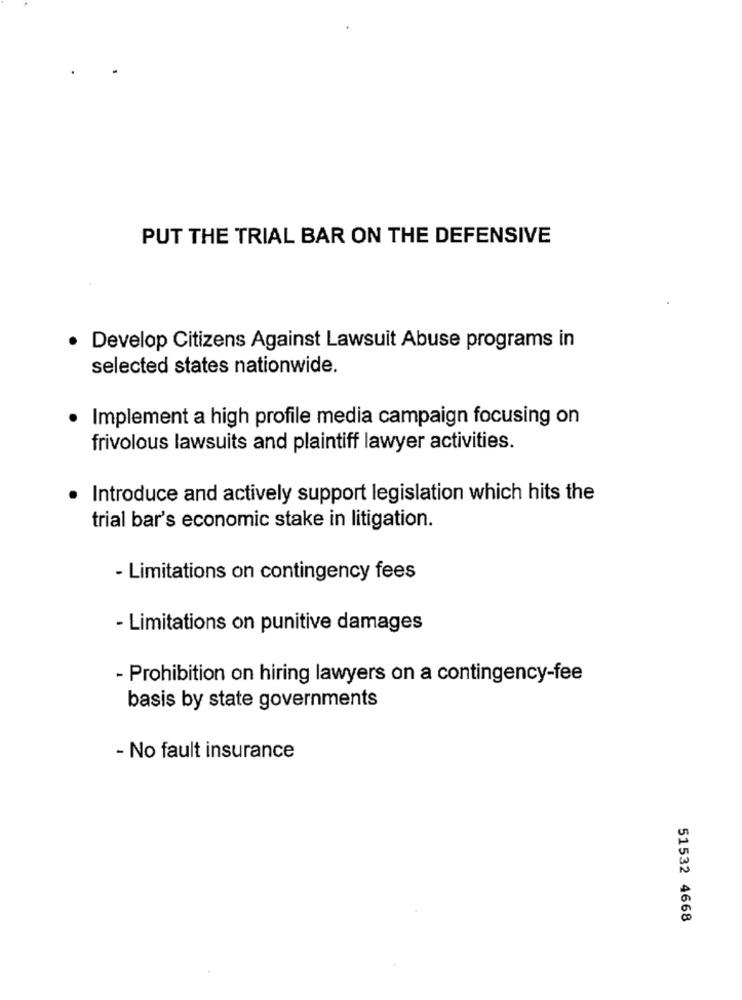
PUT THE TRIAL BAR ON THE DEFENSIVE
· Develop Citizens Against Lawsuit Abuse programs in
selected states nationwide.
Implement a high profile media campaign focusing on
frivolous lawsuits and plaintiff lawyer activities.
Introduce and actively support legislation which hits the
trial bar's economic stake in litigation.
- Limitations on contingency fees
- Limitations on punitive damages
- Prohibition on hiring lawyers on a contingency-fee
basis by state governments
- No fault insurance
51532 4668